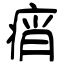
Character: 痟